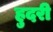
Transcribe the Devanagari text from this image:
हुदरी